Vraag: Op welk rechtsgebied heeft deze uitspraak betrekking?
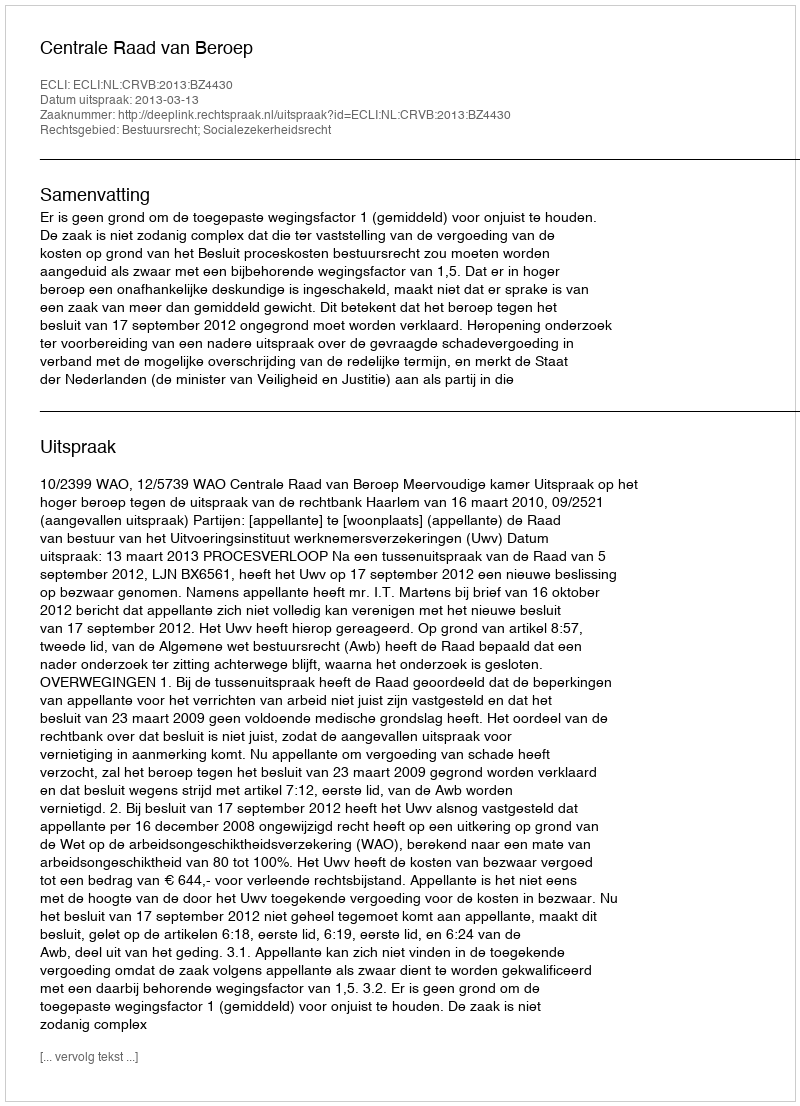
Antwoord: Bestuursrecht; Socialezekerheidsrecht